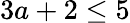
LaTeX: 3a+2\leq 5